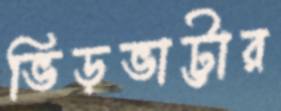
ভিড়ভাট্টার